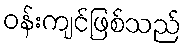
ဝန်းကျင်ဖြစ်သည်